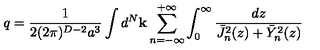
q = \frac { 1 } { 2 ( 2 \pi ) ^ { D - 2 } a ^ { 3 } } \int d ^ { N } { \bf k } \sum _ { n = - \infty } ^ { + \infty } \int _ { 0 } ^ { \infty } \frac { d z } { \bar { J } _ { n } ^ { 2 } ( z ) + \bar { Y } _ { n } ^ { 2 } ( z ) }